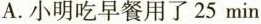
A.小明吃早餐用了25min